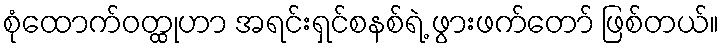
စုံထောက်ဝတ္ထုဟာ အရင်းရှင်စနစ်ရဲ့ ဖွားဖက်တော် ဖြစ်တယ်။